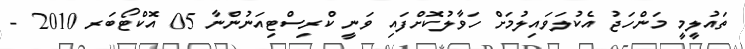
ތައުލީމީ މަންހަޖު އެކުލަވައިލުމަށް ހަވާލުކޮށްފައި ވަނީ ކްރިސްޓިއަނުންނާ 05 އޮކްޓޯބަރ 2010 -